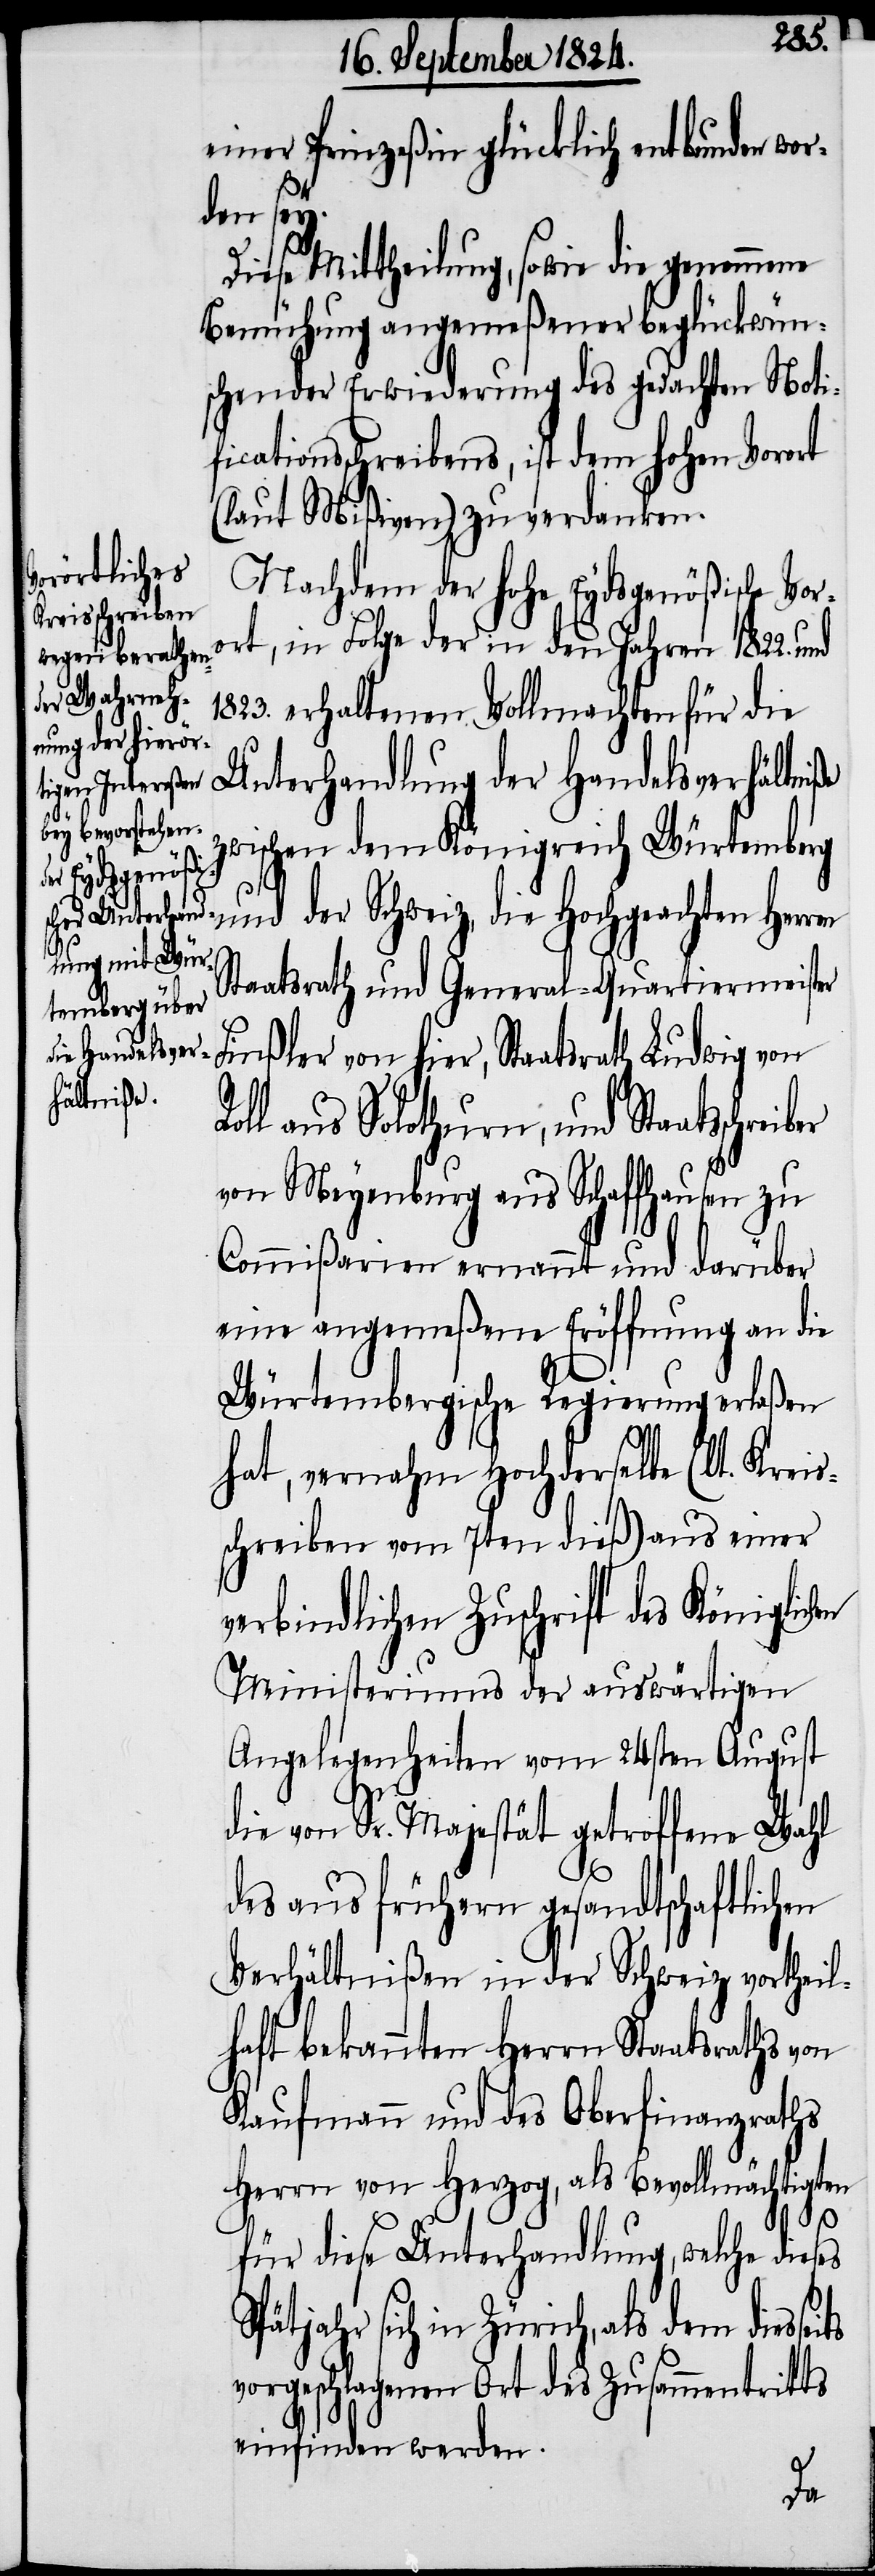
Rol¬
einer Prinzeßin glücklich entbunden wor¬
den sey.
Diese Mittheilung, sowie die genommene
Bemühung angemeßener beglückwün¬
schender Erwiederung des gedachten Notif¬
icationsschreibens, ist dem hohen Vorort
(laut Mißiven) zu verdanken.
Nachdem der hohe Eydsgenößische Vor¬
ort, in Folge der in den Jahren 1822.
1823. erhaltenen Vollmachten für die
Unterhandlung der Handelsverhältniße
wischen dem Königreich Würtemberg
und der Schweiz, die Hochgeachten Herr¬
Staatsrath und General-Quartiermeister
Finßler von hier, Staatsrath Ludwig von
l aus Solothurn, und Staatschrei¬
von Meyenburg aus Schaffhausen zu
Commißarien ernannt und darüber
eine angemeßene Eröffnung an die
Würtembergische Regierung erlaßen
hat, vernahm Hochderselbe (lt. Kreis¬
schreiben vom 7ten dieß) aus einer
verbindlichen Zuschrift des Königlich¬
Ministeriums der auswärtigen
Angelegenheiten vom 24sten August
die von Sr. Majestät getroffene Wahl
des aus frühern gesandtschaftlichen
Verhältnißen in der Schweiz vortheil¬
haft bekannten Herrn Staatsraths von
Kaufmann und des Oberfinanzraths
Herrn von Herzog, als Bevollmächtigten
seits
für diese Unterhandlung, welche dieses
sich in Zürich, als dem dies¬
vorgeschlagenen Ort des Zusammentritts
einfinden werden.